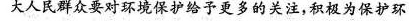
大人民群众要对环境保护给予更多的关注，积极为保护环